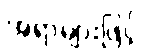
အရာများဖြင့်